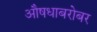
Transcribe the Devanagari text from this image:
औषधाबरोबर